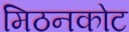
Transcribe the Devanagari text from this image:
मिठनकोट